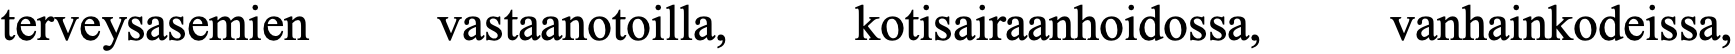
terveysasemien vastaanotoilla, kotisairaanhoidossa, vanhainkodeissa,